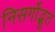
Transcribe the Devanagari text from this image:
निसर्गोद्भूत